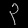
Digit: ၃